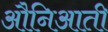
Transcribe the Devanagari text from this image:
औनिआती